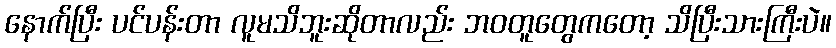
နောက်ပြီး ပင်ပန်းတာ လူမသိဘူးဆိုတာလည်း ဘဝတူတွေကတော့ သိပြီးသားကြီးပဲ။